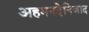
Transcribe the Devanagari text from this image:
अहमनदेनिजाद